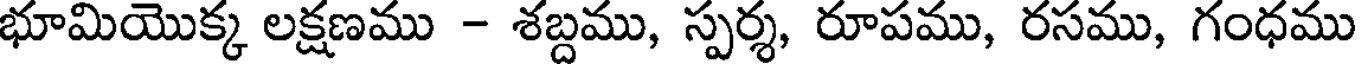
భూమియొక్క లక్షణము - శబ్దము, స్పర్శ, రూపము, రసము, గంధము